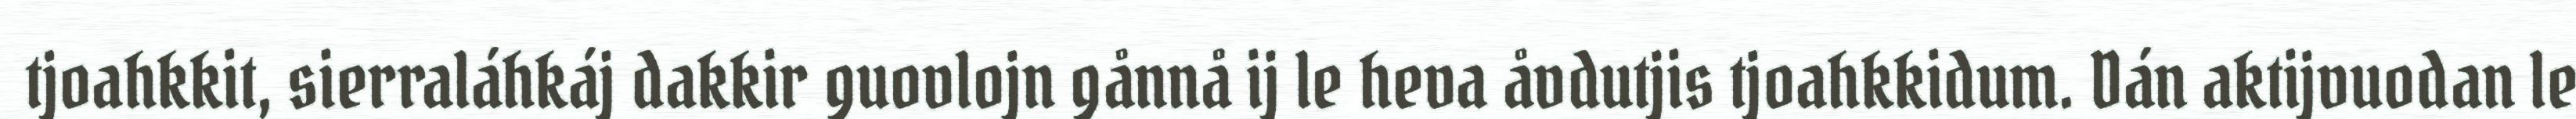
tjoahkkit, sierraláhkáj dakkir guovlojn gånnå ij le heva åvdutjis tjoahkkidum. Dán aktijvuodan le